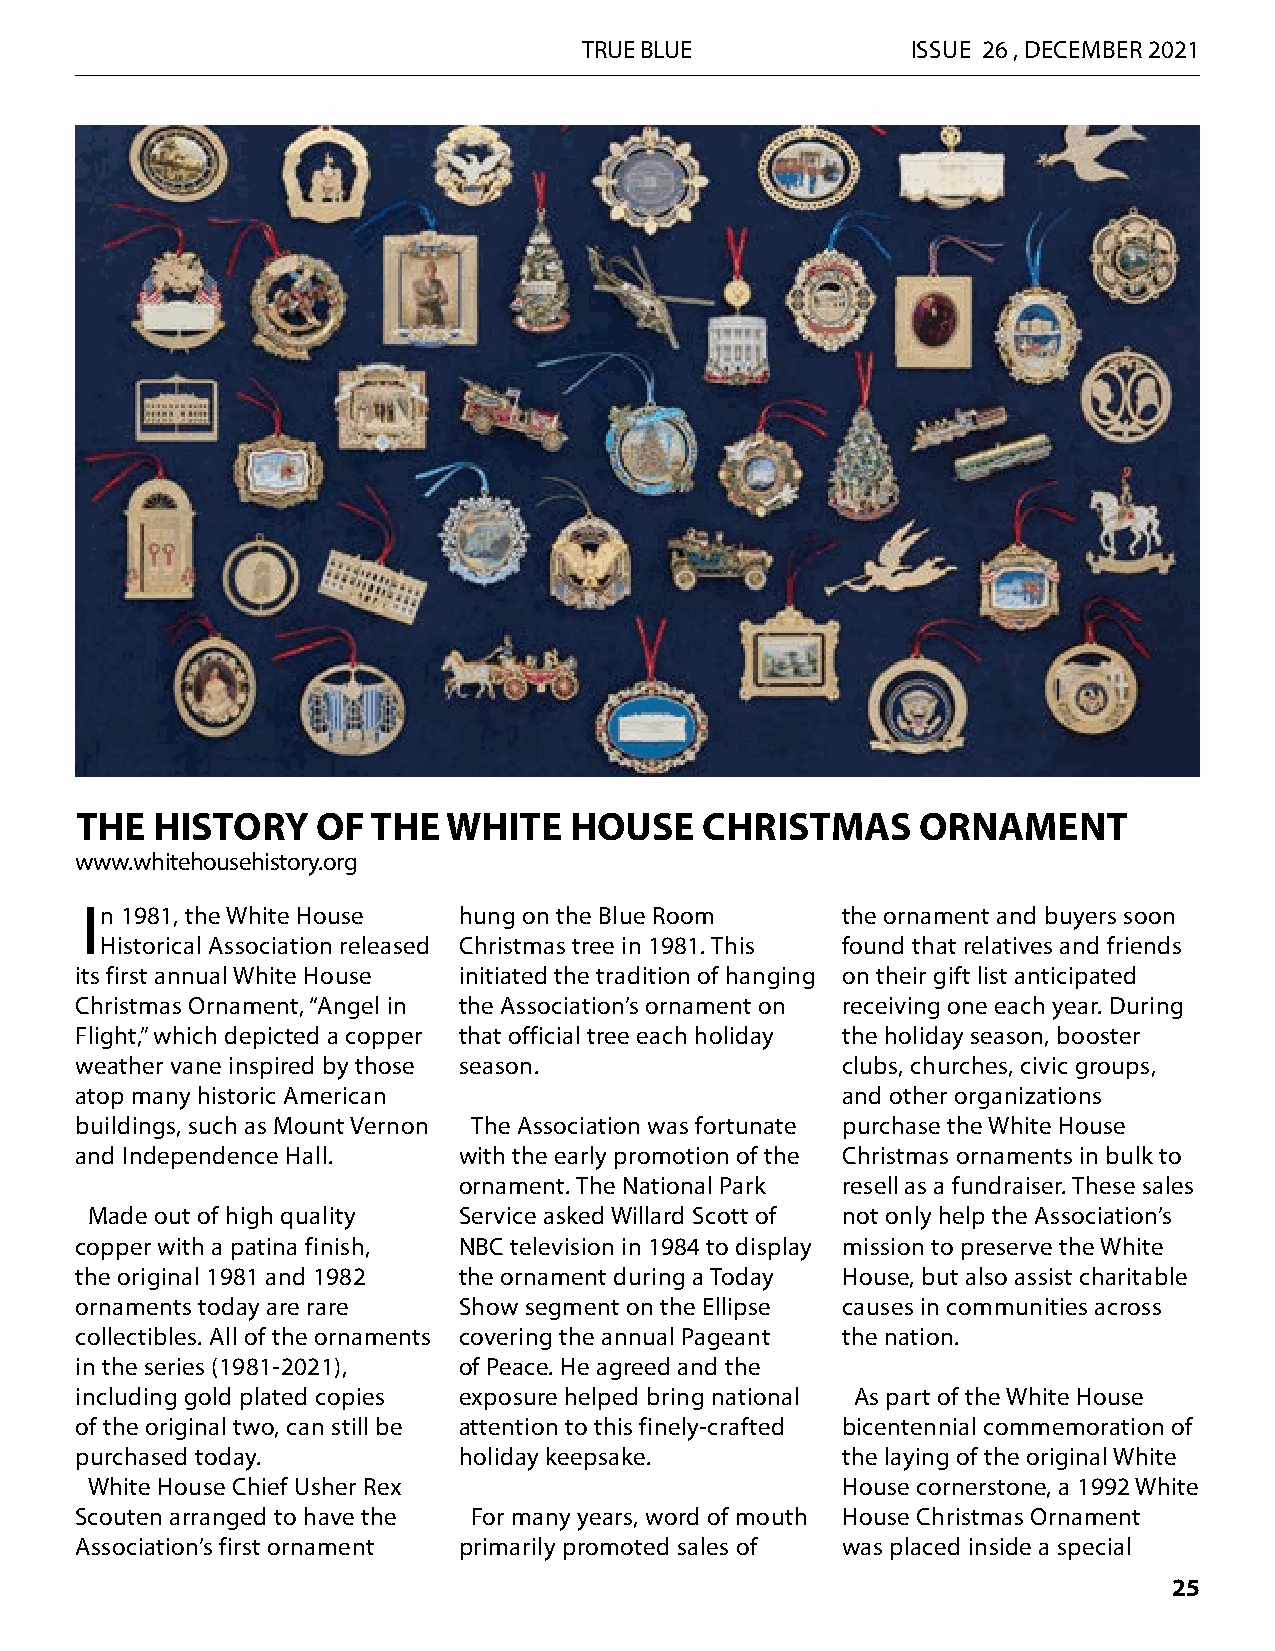
TRUE BLUE            ISSUE 26 , DECEMBER 2021
 THE  HISTORY    OF  THE  WHITE   HOUSE    CHRISTMAS     ORNAMENT
 www.whitehousehistory.org
 In 1981, the White House hung on the Blue Room     the ornament and buyers soon
 Historical Association released Christmas tree in 1981. This found that relatives and friends
 its first annual White House initiated the tradition of hanging on their gift list anticipated
 Christmas Ornament, “Angel in the Association’s ornament on receiving one each year. During
 Flight,” which depicted a copper that official tree each holiday the holiday season, booster
 weather vane inspired by those season.             clubs, churches, civic groups,
 atop many historic American                        and other organizations
 buildings, such as Mount Vernon The Association was fortunate purchase the White House
 and Independence Hall.   with the early promotion of the Christmas ornaments in bulk to
 ornament. The National Park resell as a fundraiser. These sales
 Made out of high quality Service asked Willard Scott of not only help the Association’s
 copper with a patina finish, NBC television in 1984 to display mission to preserve the White
 the original 1981 and 1982 the ornament during a Today House, but also assist charitable
 ornaments today are rare Show segment on the Ellipse causes in communities across
 collectibles. All of the ornaments covering the annual Pageant the nation.
 in the series (1981-2021), of Peace. He agreed and the
 including gold plated copies exposure helped bring national As part of the White House
 of the original two, can still be attention to this finely-crafted bicentennial commemoration of
 purchased today.         holiday keepsake.         the laying of the original White
 White House Chief Usher Rex                       House cornerstone, a 1992 White
 Scouten arranged to have the For many years, word of mouth House Christmas Ornament
 Association’s first ornament primarily promoted sales of was placed inside a special
 25